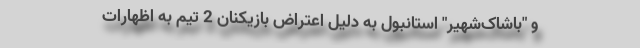
و "باشاک‌شهیر" استانبول به دلیل اعتراض بازیکنان 2 تیم به اظهارات